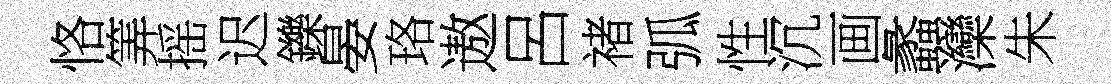
恪筭摇迟鑠晏珞遨呂禇弧性沉画蠡灤朱